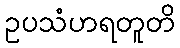
ဥပသံဟရတူတိ